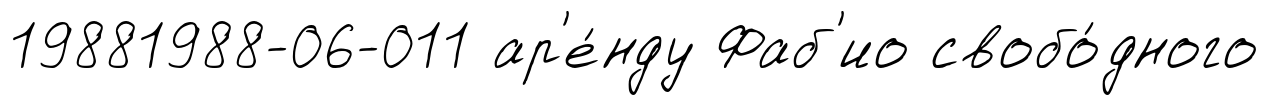
19881988-06-011 ар'е́нду Фаб'ио свобо́дного